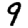
Digit: 9